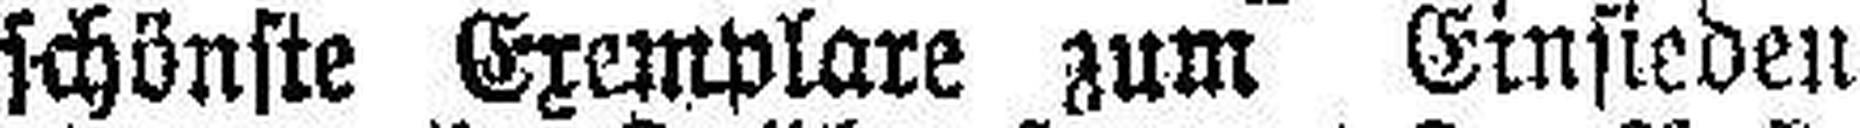
schönste Exemplare zum Einsieden